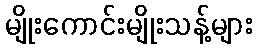
မျိုးကောင်းမျိုးသန့်များ